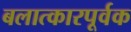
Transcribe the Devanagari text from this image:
बलात्कारपूर्वक